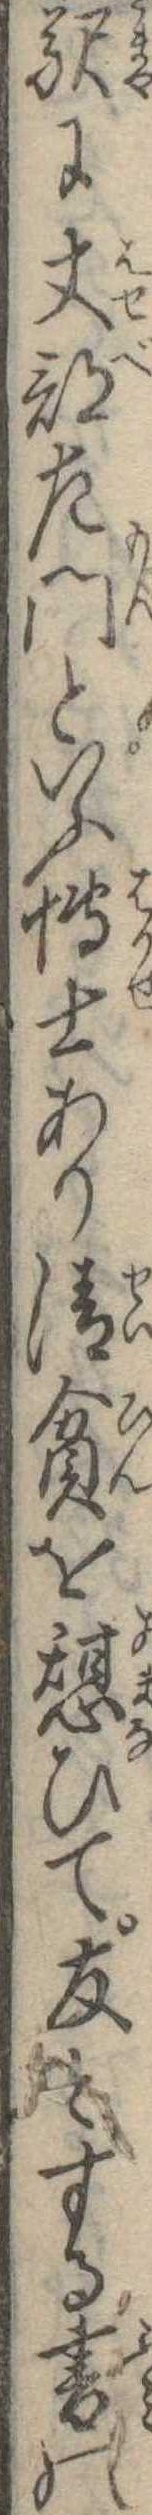
駅に丈部左門といふ博士あり清貧を憩ひて友とする書の